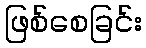
ဖြစ်စေခြင်း